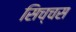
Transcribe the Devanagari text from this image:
सिच्चस